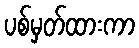
ပစ်မှတ်ထားကာ